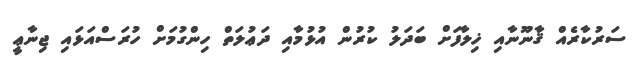
ސަރުކާރެއް ޤާނޫނާއި ޚިލާފަށް ބަދަލު ކުރުން އުޅުމާއި ދަޢުލަތް ހިންގުމަށް ހުރަސްއަޅައި ޖިނާޢީ